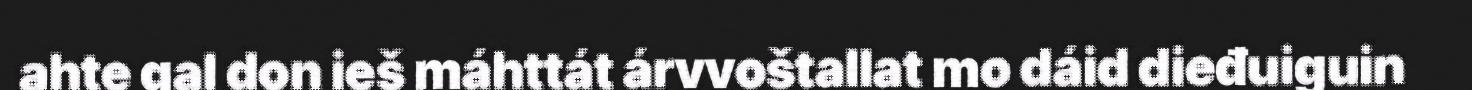
ahte gal don ieš máhttát árvvoštallat mo dáid dieđuiguin